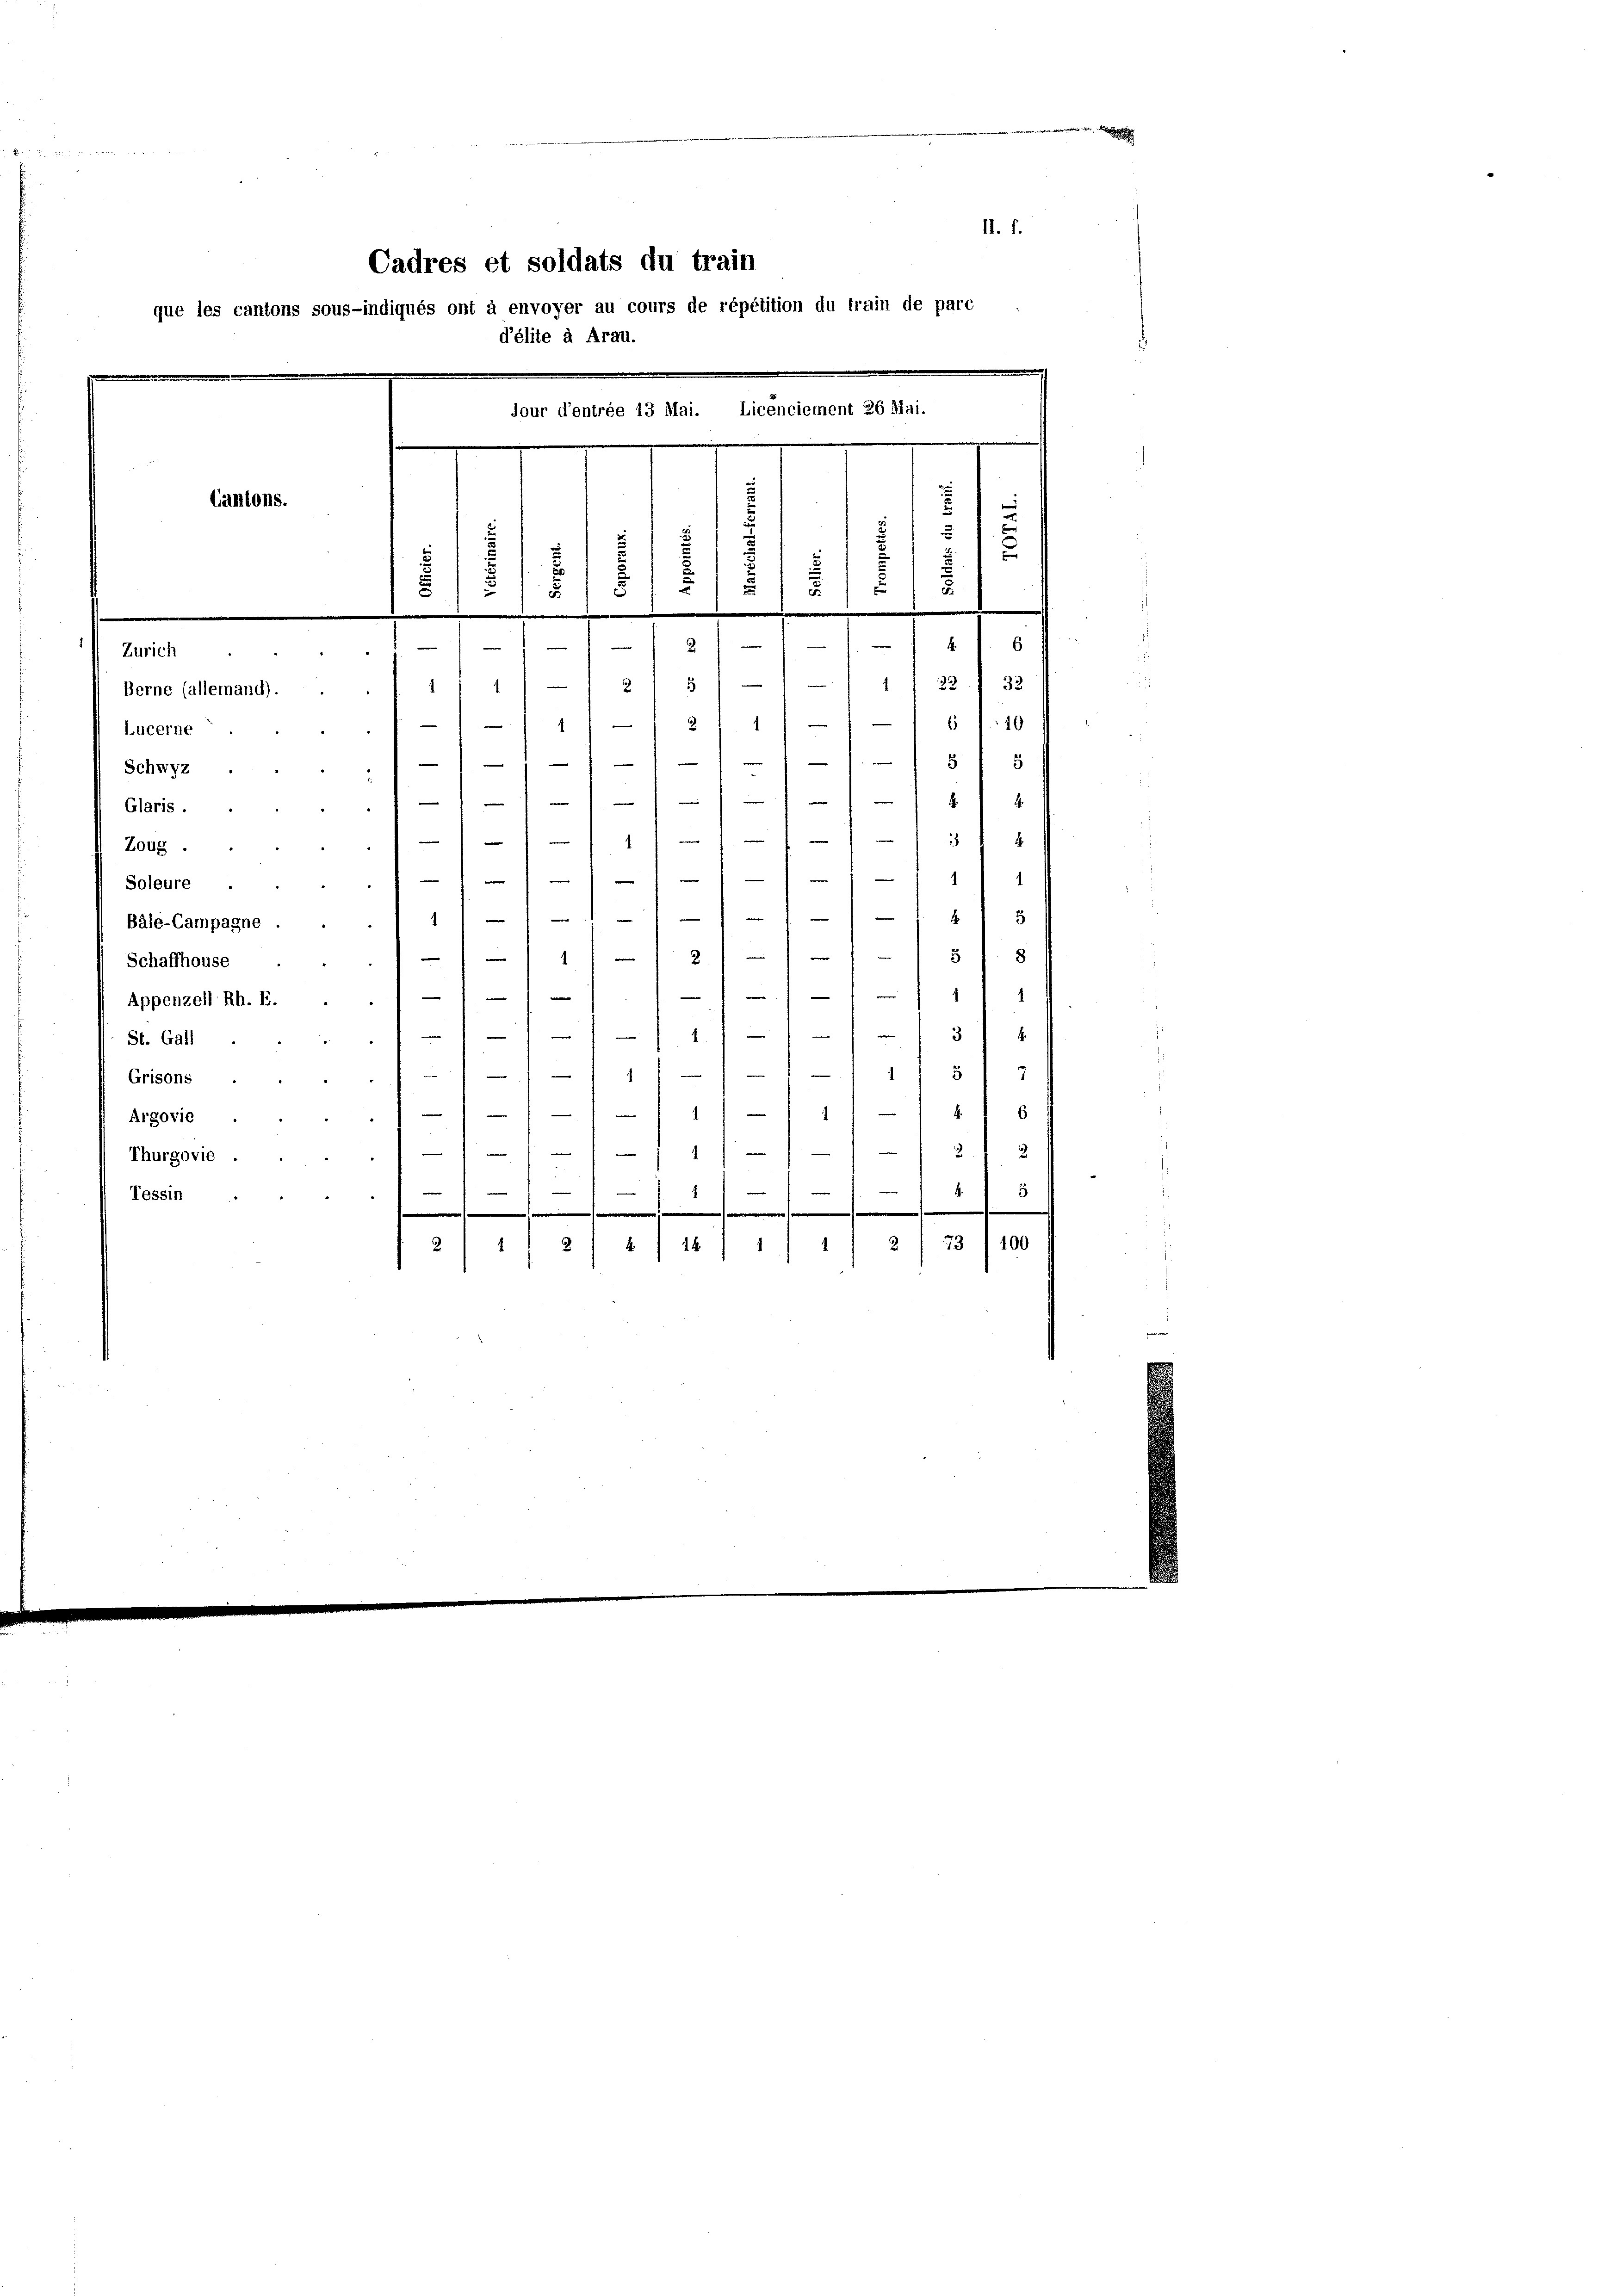
e
E t 3 D
II. f.
Cadres et soldats du train
que les cantons sous-indiqués ont à envoyer au cours de répétition du train de parc
d’élite à Arau.
jour d’entrée 13 Mai. Licenciement 26 Mai.
.
u
¬
Cantons.
2
s
s
85
u
s
u
s
2
5
s
b
.
e
d
1
6
—
-
Zürich
25
e
23 33
¬
Berne (allemand).

12 11 - 1
10
Lucerne

Schwyz
Glaris.
Zoug.
Soleure .
Bäle-Campagne
Schaffhouse
Appenzell Rh. E.
St. Gall
Grisons
Argovie
Thurgovie .
Tessin

—
1
e

.
|
1
1
.
.

1
1
—
1

e
1
3
4
e
112 f 1
8
.
" ver

.
x
d
1
.
5
4
e
1
1
6
2

.
—
1
—
5

.
2/73) 100
2.
1/2 5 f 18

8